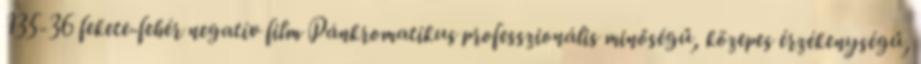
135-36 fekete-fehér negatív film Pánkromatikus professzionális minőségű, közepes érzékenységű,